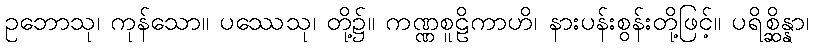
ဥဘောသု၊ ကုန်သော။ ပဿေသု၊ တို့၌။ ကဏ္ဏစူဠိကာဟိ၊ နားပန်းစွန်းတို့ဖြင့်။ ပရိစ္ဆိန္နာ၊